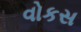
વોકસ